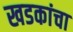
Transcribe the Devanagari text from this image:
खडकांचा